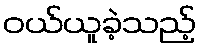
ဝယ်ယူခဲ့သည့်